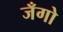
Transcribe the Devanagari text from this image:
जँगो